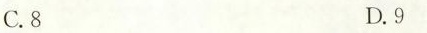
C.8 D.9